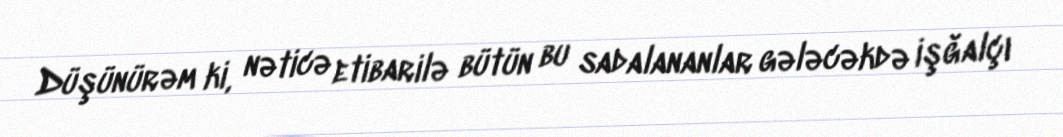
Düşünürəm ki, nəticə etibarilə bütün bu sadalananlar gələcəkdə işğalçı